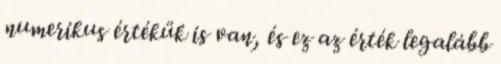
numerikus értékük is van, és ez az érték legalább